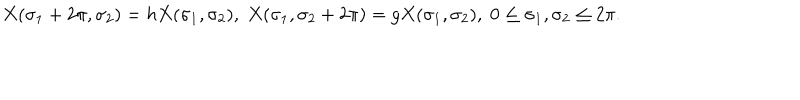
X ( \sigma _ { 1 } + 2 \pi , \sigma _ { 2 } ) = h X ( \sigma _ { 1 } , \sigma _ { 2 } ) , \; X ( \sigma _ { 1 } , \sigma _ { 2 } + 2 \pi ) = g X ( \sigma _ { 1 } , \sigma _ { 2 } ) , \; 0 \leq \sigma _ { 1 } , \sigma _ { 2 } \leq 2 \pi .